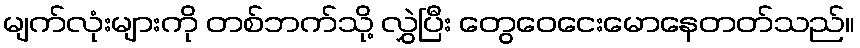
မျက်လုံးများကို တစ်ဘက်သို့ လွှဲပြီး တွေဝေငေးမောနေတတ်သည်။